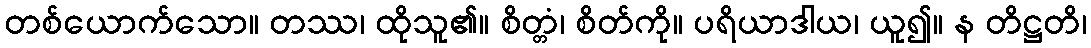
တစ်ယောက်သော။ တဿ၊ ထိုသူ၏။ စိတ္တံ၊ စိတ်ကို။ ပရိယာဒါယ၊ ယူ၍။ န တိဋ္ဌတိ၊